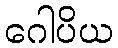
ဂေါပိယ